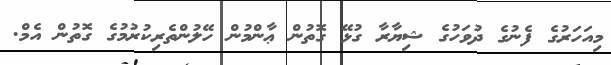
މިއަހަރުގެ ފެނުގެ ދުވަހުގެ ޝިޔާރާ ގުޅޭ ގޮތުން ޢާންމުން ހޭލުންތެރިކުރުމުގެ ގޮތުން އެމް.